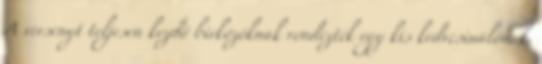
A versenyt teljesen kezdő birkózóknak rendezték egy kis kedvcsinálónak.